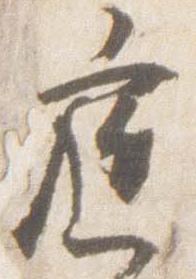
庭